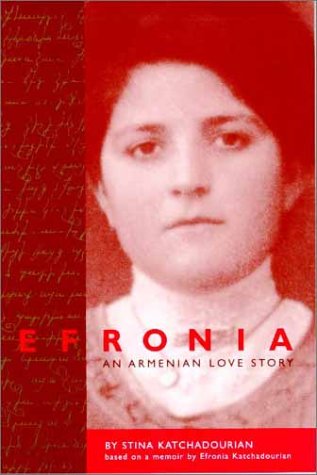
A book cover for Efronia: An Armenian Love Story; Stina Katchadourian; Travel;